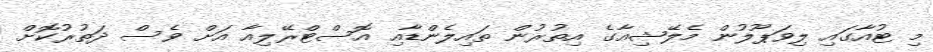
މި ޓުއާގައި ލިވަޕޫލުން މެލޭޝިއާގެ އިތުރުން ތައިލެންޑާއި އޮސްޓްރޭލިއާ އަށް ވެސް ދަތުރުކޮށް